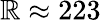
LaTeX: \mathbb{R}\approx223